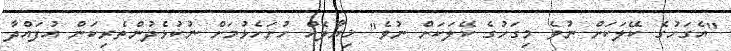
"އެގަހުގެ ކޭލަކަށް ނުވެ މިގަހުގެ ކޭލަކަށް ނުވެ" ޚިޔާލެއް ހުށަހެޅުމަށް ނުކުޅެދުންތެރިކަން އުފައްދާ